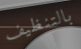
بالتنظيف